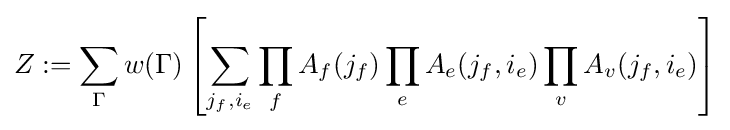
Z:=\sum _{\Gamma }w(\Gamma )\left[\sum _{j_{f},i_{e}}\prod _{f}A_{f}(j_{f})\prod _{e}A_{e}(j_{f},i_{e})\prod _{v}A_{v}(j_{f},i_{e})\right]